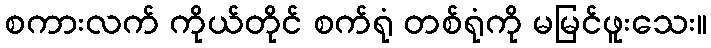
စကားလက် ကိုယ်တိုင် စက်ရုံ တစ်ရုံကို မမြင်ဖူးသေး။